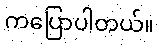
ကပြောပါတယ်။